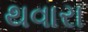
થવારા